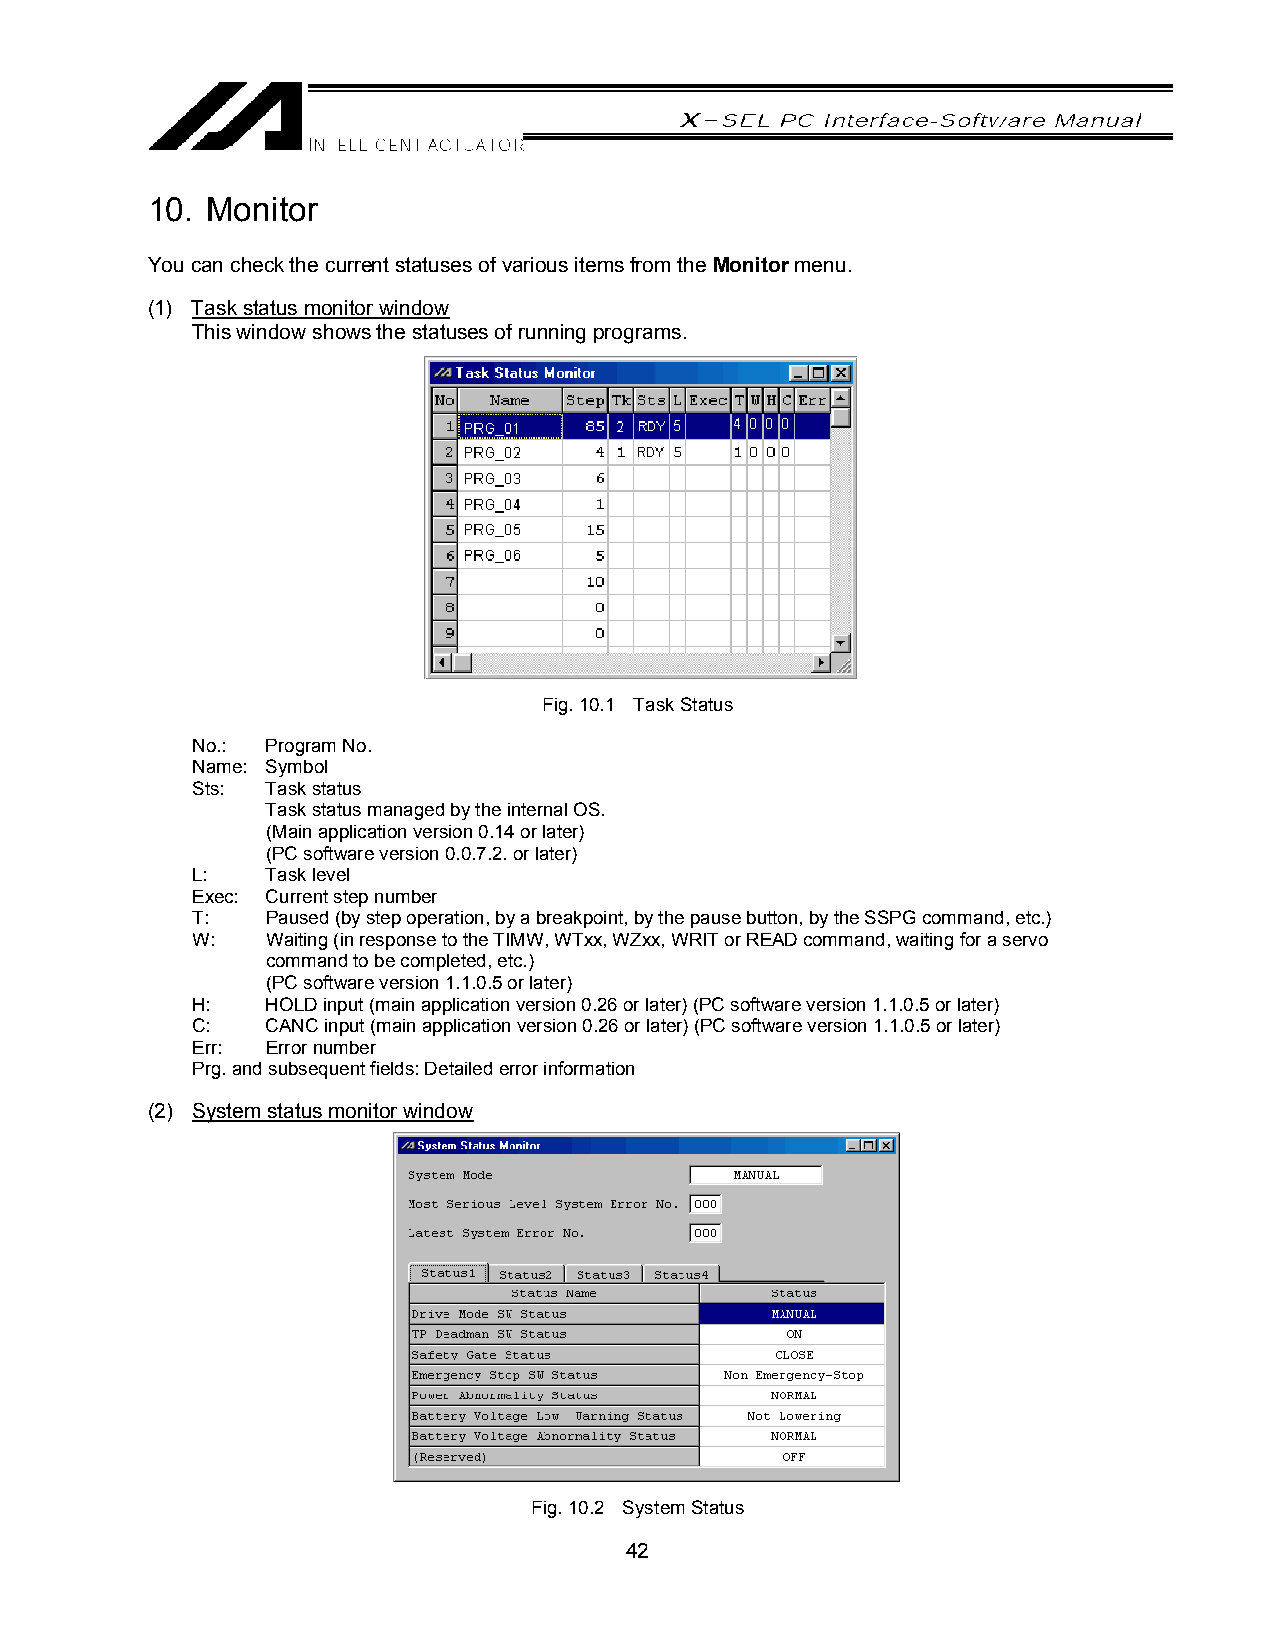
10. Monitor
 You can check the current statuses of various items from the Monitor menu.
 (1) Task status monitor window
 This window shows the statuses of running programs.
 Fig. 10.1 Task Status
 No.: Program No.
 Name: Symbol
 Sts: Task status
 Task status managed by the internal OS.
 (Main application version 0.14 or later)
 (PC software version 0.0.7.2. or later)
 L:   Task level
 Exec: Current step number
 T:   Paused (by step operation, by a breakpoint, by the pause button, by the SSPG command, etc.)
 W:   Waiting (in response to the TIMW, WTxx, WZxx, WRIT or READ command, waiting for a servo
 command to be completed, etc.)
 (PC software version 1.1.0.5 or later)
 H:   HOLD input (main application version 0.26 or later) (PC software version 1.1.0.5 or later)
 C:   CANC input (main application version 0.26 or later) (PC software version 1.1.0.5 or later)
 Err: Error number
 Prg. and subsequent fields: Detailed error information
 (2) System status monitor window
 Fig. 10.2 System Status
 42